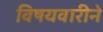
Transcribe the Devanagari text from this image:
विषयवारीने